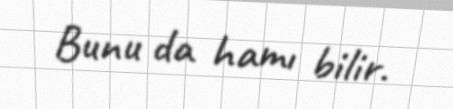
Bunu da hamı bilir.